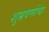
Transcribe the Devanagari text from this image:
शुभ्रवर्णाचा